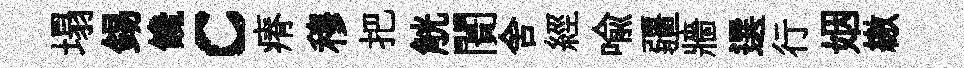
塌錫饞c瘠穆把觥闠舍經喩疆牆選行姻繳